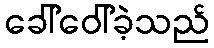
ခေါ်ဝေါ်ခဲ့သည်